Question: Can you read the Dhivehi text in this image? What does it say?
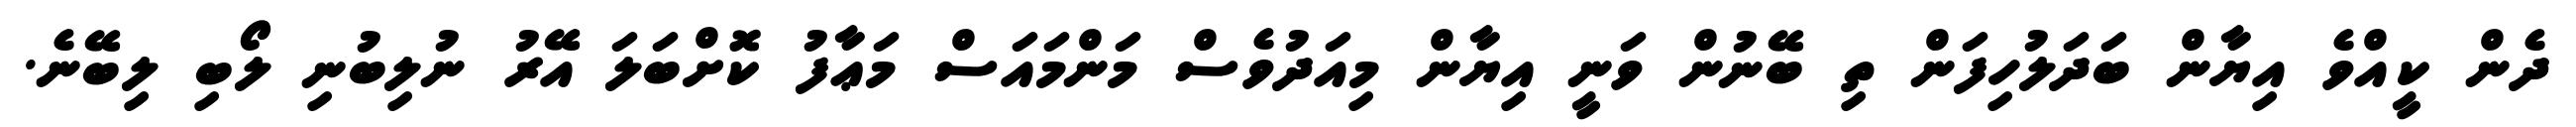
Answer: ދެން ކީއްވެ އިޔާން ބަދަލުހިފަން ތި ބޭނުން ވަނީ އިޔާން މިއަދުވެސް މަންމައަސް މަޢާފު ކޮށްބަލަ އޭރު ނުލިބުނި ލޯބި ލިބޭނެ.